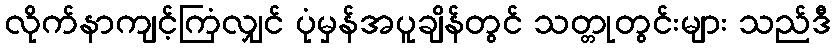
လိုက်နာကျင့်ကြံလျှင် ပုံမှန်အပူချိန်တွင် သတ္တုတွင်းများ သည်ဒီ